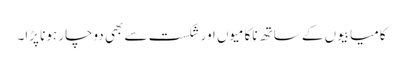
کامیابیوں کے ساتھ ناکامیوں اور شکست سے بھی دوچار ہونا پڑا۔